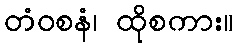
တံဝစနံ၊ ထိုစကား။